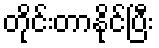
တိုင်းတာနိုင်ပြီး